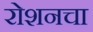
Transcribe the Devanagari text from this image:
रोशनचा